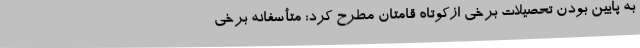
به پایین بودن تحصیلات برخی ازکوتاه قامتان مطرح کرد: متأسفانه برخی